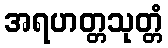
အရဟတ္တသုတ္တံ